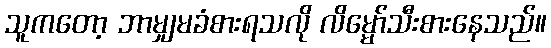
သူကတော့ ဘာမျှမခံစားရသလို လိမ္မော်သီးစားနေသည်။